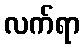
လက်ရာ